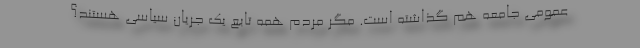
عمومی جامعه هم گذاشته است. مگر مردم همه تابع یک جریان سیاسی هستند؟